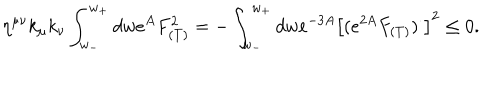
\eta ^ { \mu \nu } k _ { \mu } k _ { \nu } \int _ { w _ { - } } ^ { w _ { + } } d w e ^ { A } F _ { ( T ) } ^ { 2 } = - \int _ { w _ { - } } ^ { w _ { + } } d w e ^ { - 3 A } \left[ ( e ^ { 2 A } F _ { ( T ) } ) ^ { \cdot } \right] ^ { 2 } \leq 0 .